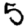
Digit: 5